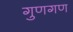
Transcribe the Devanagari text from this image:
गुणगण